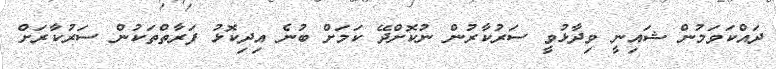
ދައްކަވަމުން ޝައިނީ ވިދާޅުވީ ސަރުކާރުން ނުކޮށްދޭ ކަމަށް ބުނެ އިދިކޮޅު ފަރާތްތަކުން ސަރުކާރަށް